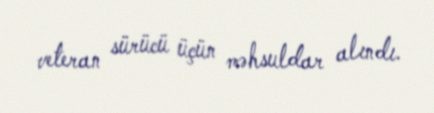
veteran sürücü üçün məhsuldar alındı.